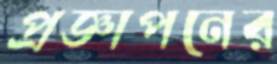
প্রজ্ঞাপনের